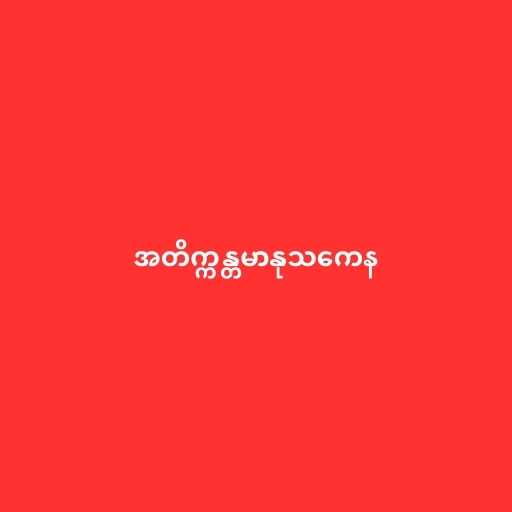
အတိက္ကန္တမာနုသကေန